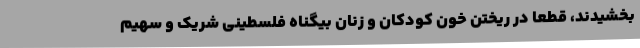
بخشیدند، قطعاً در ریختن خون کودکان و زنان بیگناه فلسطینی شریک و سهیم